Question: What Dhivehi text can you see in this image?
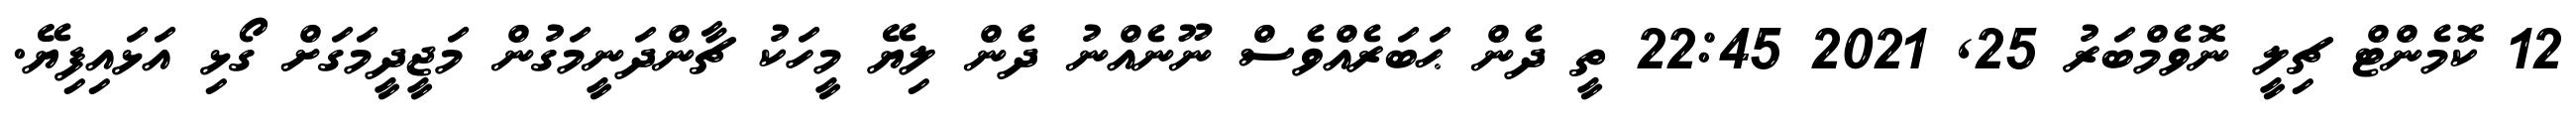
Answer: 12 ކޮމެންޓް ޗިލީ ނޮވެމްބަރު 25, 2021 22:45 ތީ ދެން ޙަބަރެއްވެސް ނޫނެއްނު ދެން ލިޔޭ މީހަކު ޗާންދަނީމަގުން މަޖީދީމަގަށް ގޯޅި އަޅައިފިޔޭ.